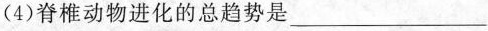
(4)脊椎动物进化的总趋势是___